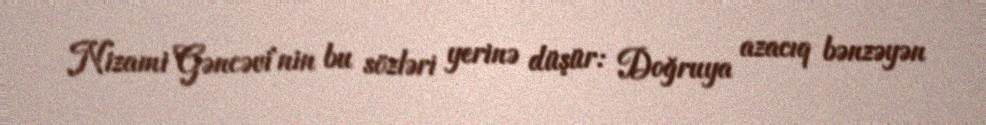
Nizami Gəncəvi'nin bu sözləri yerinə düşür: Doğruya azacıq bənzəyən